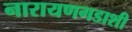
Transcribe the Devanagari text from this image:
नारायणगडाशी